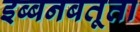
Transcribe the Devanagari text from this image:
इब्बनबतूता